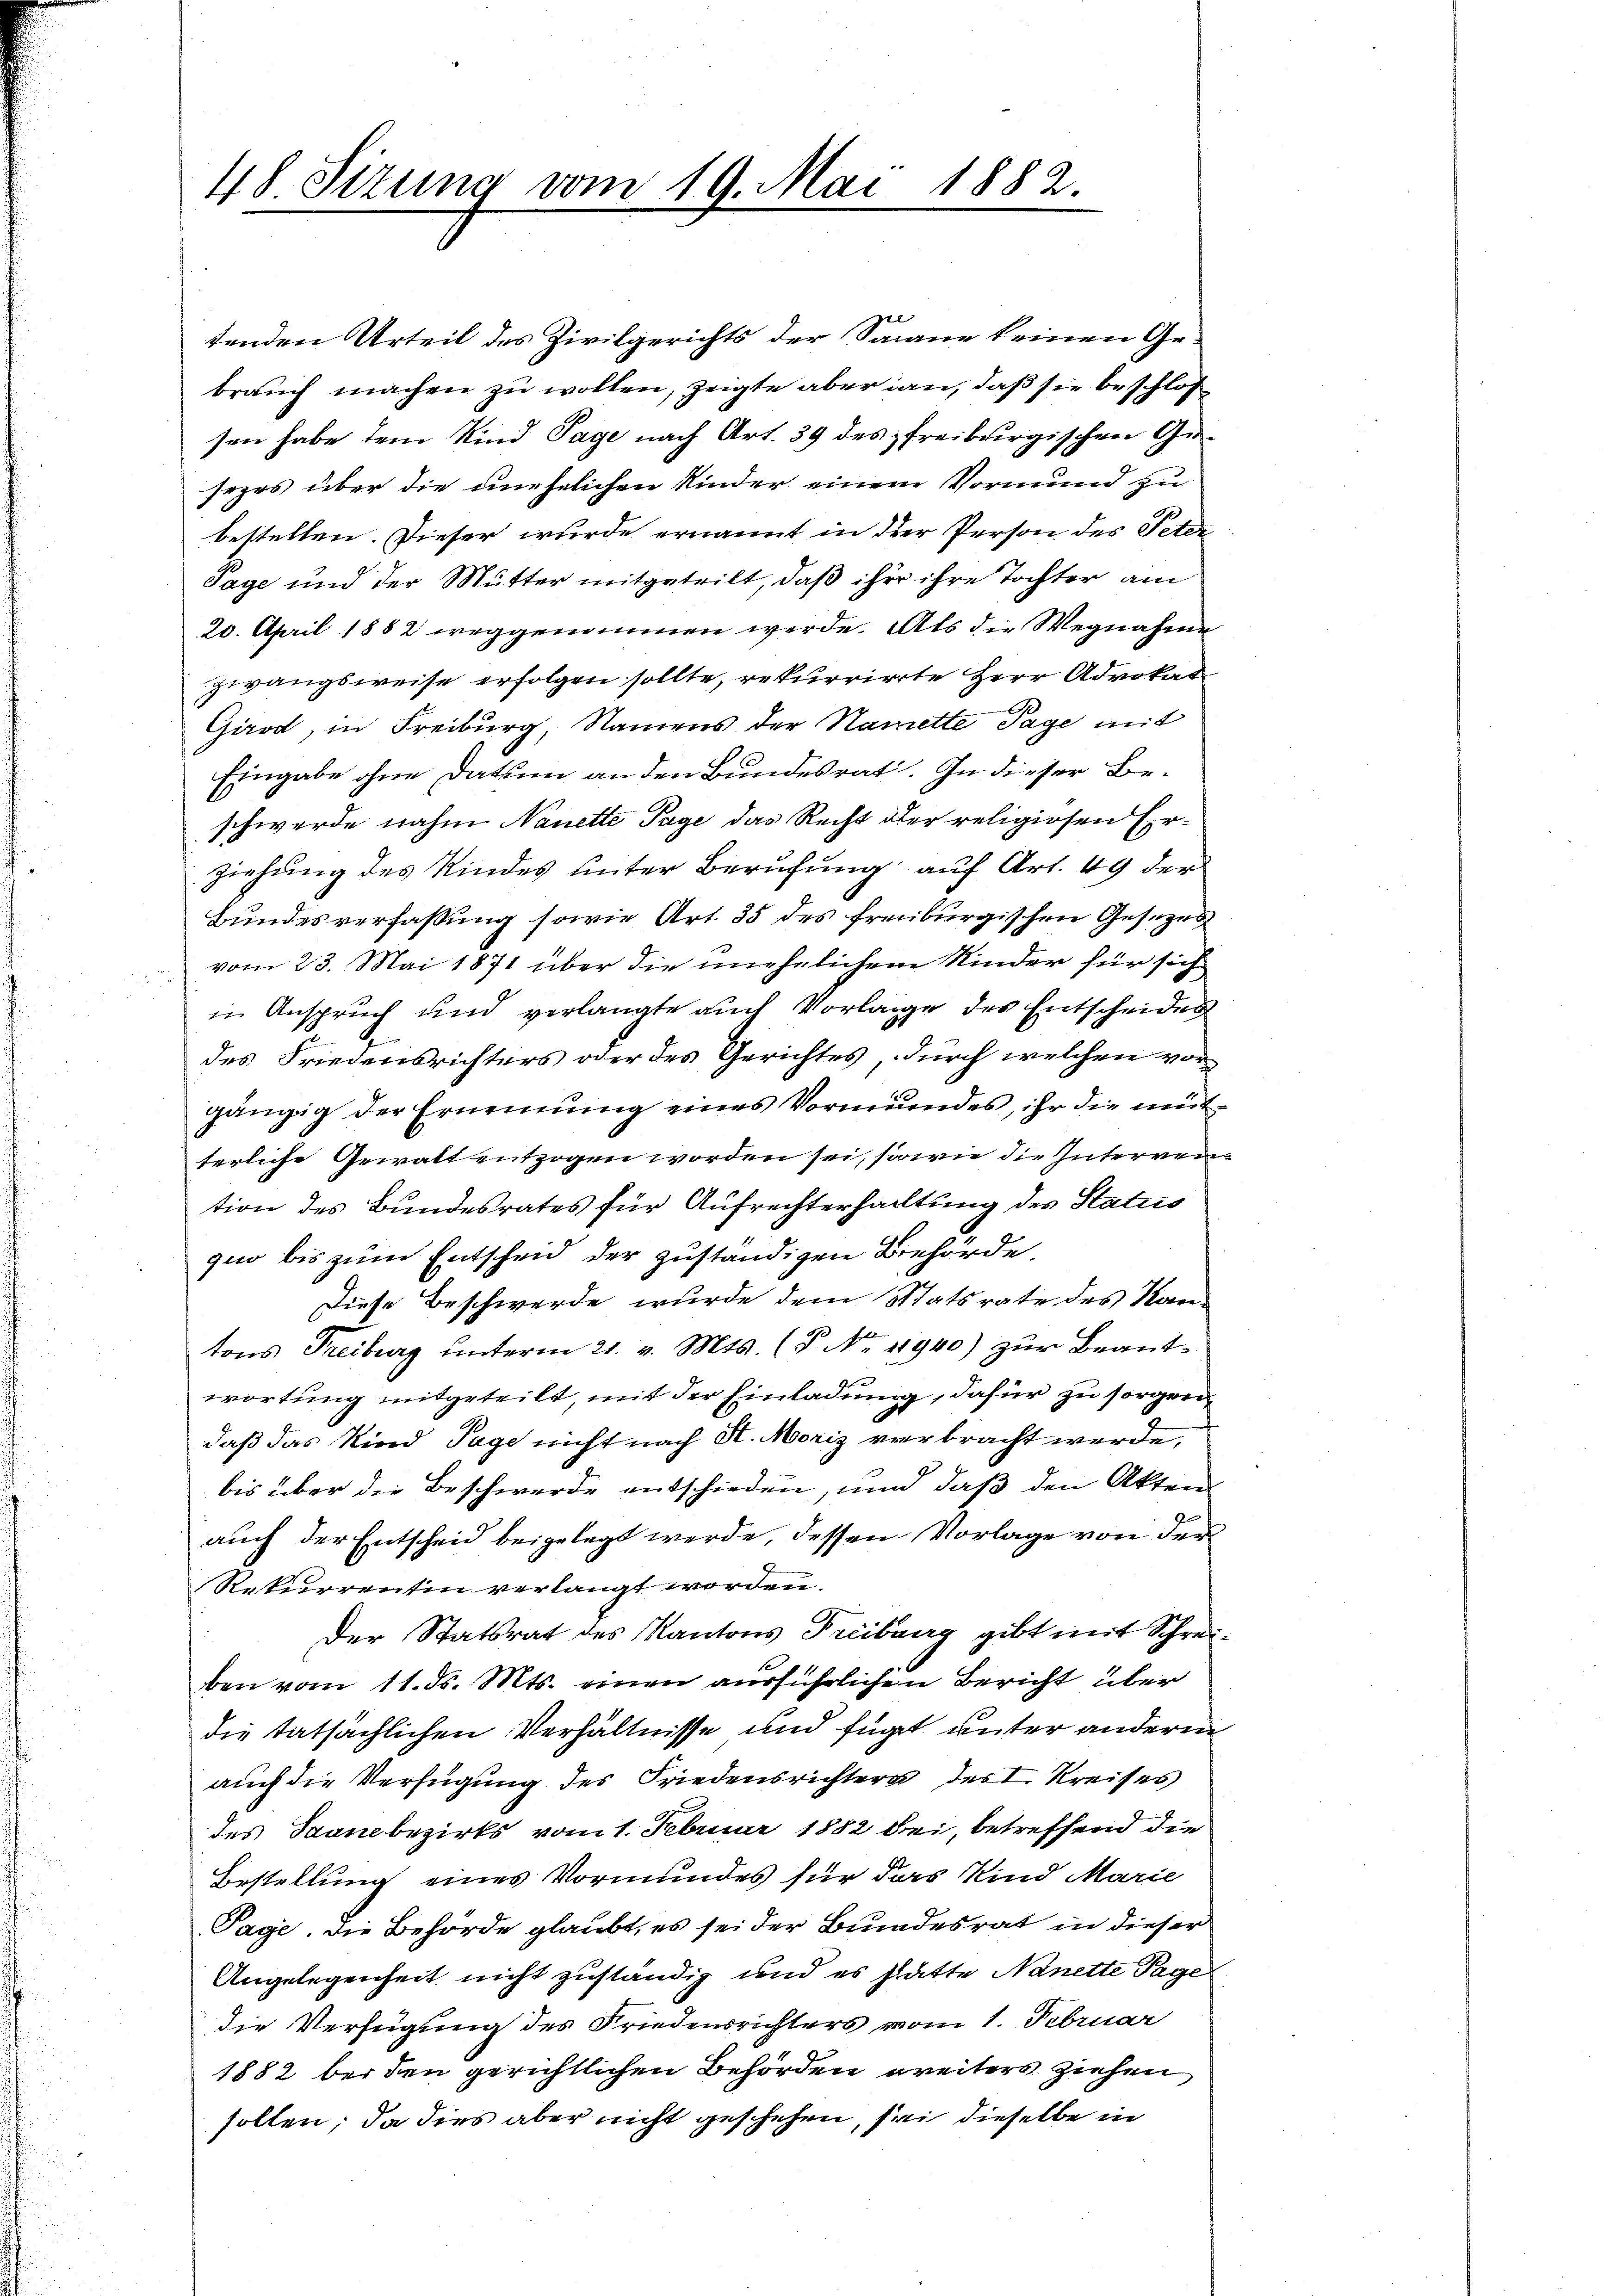
48. Sizung vom 19. Mai 1882.

2
tenden Urteil des Zivilgerichts der Saane keinen Gebrauch machen zu wollen, zeigte aber an, daß sie beschloß
sen habe dem Kind Tage nach Art. 39 des freiburgischen Gesezes über die unehelichen Kinder einem Vormund zu
bestellen. Dieser wurde ernannt in der Person des Peter
Tage und der Mutter mitgeteilt, daß ihre ihre Tochter am
20. April 1882 weggenommen werde. Als die Wegnahme
zwangsweise erfolgen sollte, rekurrirte Herr Advokat
Girod, in Freiburg, Namens der Namette Tage mit
Eingabe ohne Datum an den Bundesrat. In dieser Beschwerde nahm Nanette Tage das Recht der religiosen Erziehung des Kindes unter Berufung auf Art. 49 der
Bundesverfassung sowie Art. 35 des freiburgischen Gesetzes
vom 23. Mai 1871 über die unehelichem Kinder für sich
in Anspruch und verlangte auch Vorlage des Entscheides
des Friedensrichters oder des Gerichtes durch welchen vorgängig der Ernennung eines Vormundes, ihr die mütterliche Gewalt entzogen worden sei, sowie die Interarie
tion des Bundesrates für Aufrechterhaltung des Status
quo bis zum Entscheid der zuständigen Behörde
Diese Beschwerde wurde dem Statsrate des Kantons Treiburg ŭnterm 21. v. Mts. (T. No. 11940) zŭr Beantwortung mitgeteilt, mit der Einladung, dafür zu sorgen,
daß das Kind Tage nicht nach St. Moriz verbracht werde,
bis über die Beschwerde entschieden, und daß den Akten
auch der Entscheid beigelegt werde, dessen Vorlage von der
Rekurrentin verlangt worden.
Der Statsrat des Kantons Freiburg gibt mit Schreiben vom 11. d. Mts. einen ausführlichen Bericht über
die tatsächlichen Verhältnisse und fügt unter anderen
auch die Verfügung des Friedensrichtern des I. Kreises
des Saane bezirks vom 1. Februar 1882 bei, betreffend die
Bestellung eines Vormundes für das Kind Marie
Tage. Die Behörde glaubt, es sei der Bundesrat in dieser
Angelegenheit nicht zuständig und es hätte Nanette Tage
die Verfügung des Friedensrichters vom 1. Februar
1882 bei den gerichtlichen Behörden weiters ziehen,
sollen; da dies aber nicht geschehen, sei dieselbe in